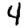
Digit: 4